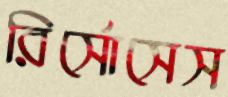
রির্সোসেস